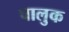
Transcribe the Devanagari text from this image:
चालुक